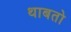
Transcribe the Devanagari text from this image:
थाबतो